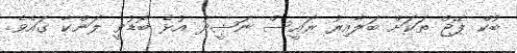
ބުކް ޕޭޖް ތަކަށް ބަލާއިރު ރައީސް ނަޝީދު އުޅެ ބޮޑުވީ ލަންކާ ގައެވެ.